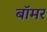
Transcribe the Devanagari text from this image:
बॉमर